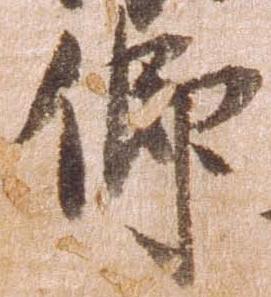
仰